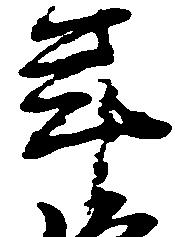
年